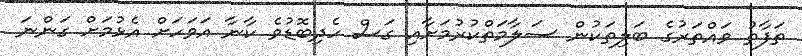
ތަފާތު ވައްތަރުގެ ބަލިތަކުން ސަލާމަތްކުރުމަށާއި ގަސް ހެދިބޮޑުވެ ކާނާ އަވަހަށް އެޅުމަށް ގަންނަ